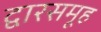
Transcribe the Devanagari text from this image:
द्वारसमूह